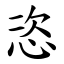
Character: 恣